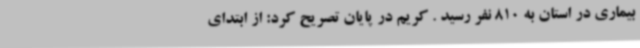
بیماری در استان به 810 نفر رسید . کریم در پایان تصریح کرد: از ابتدای